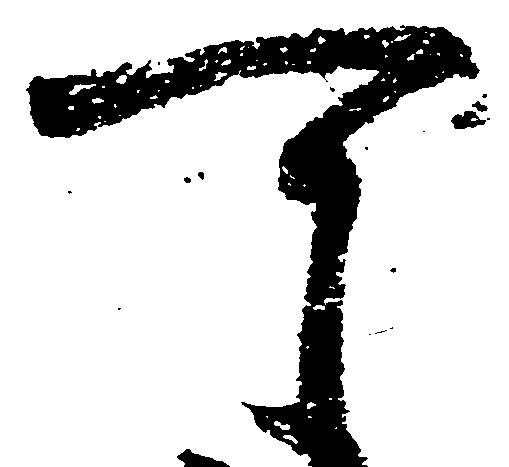
可